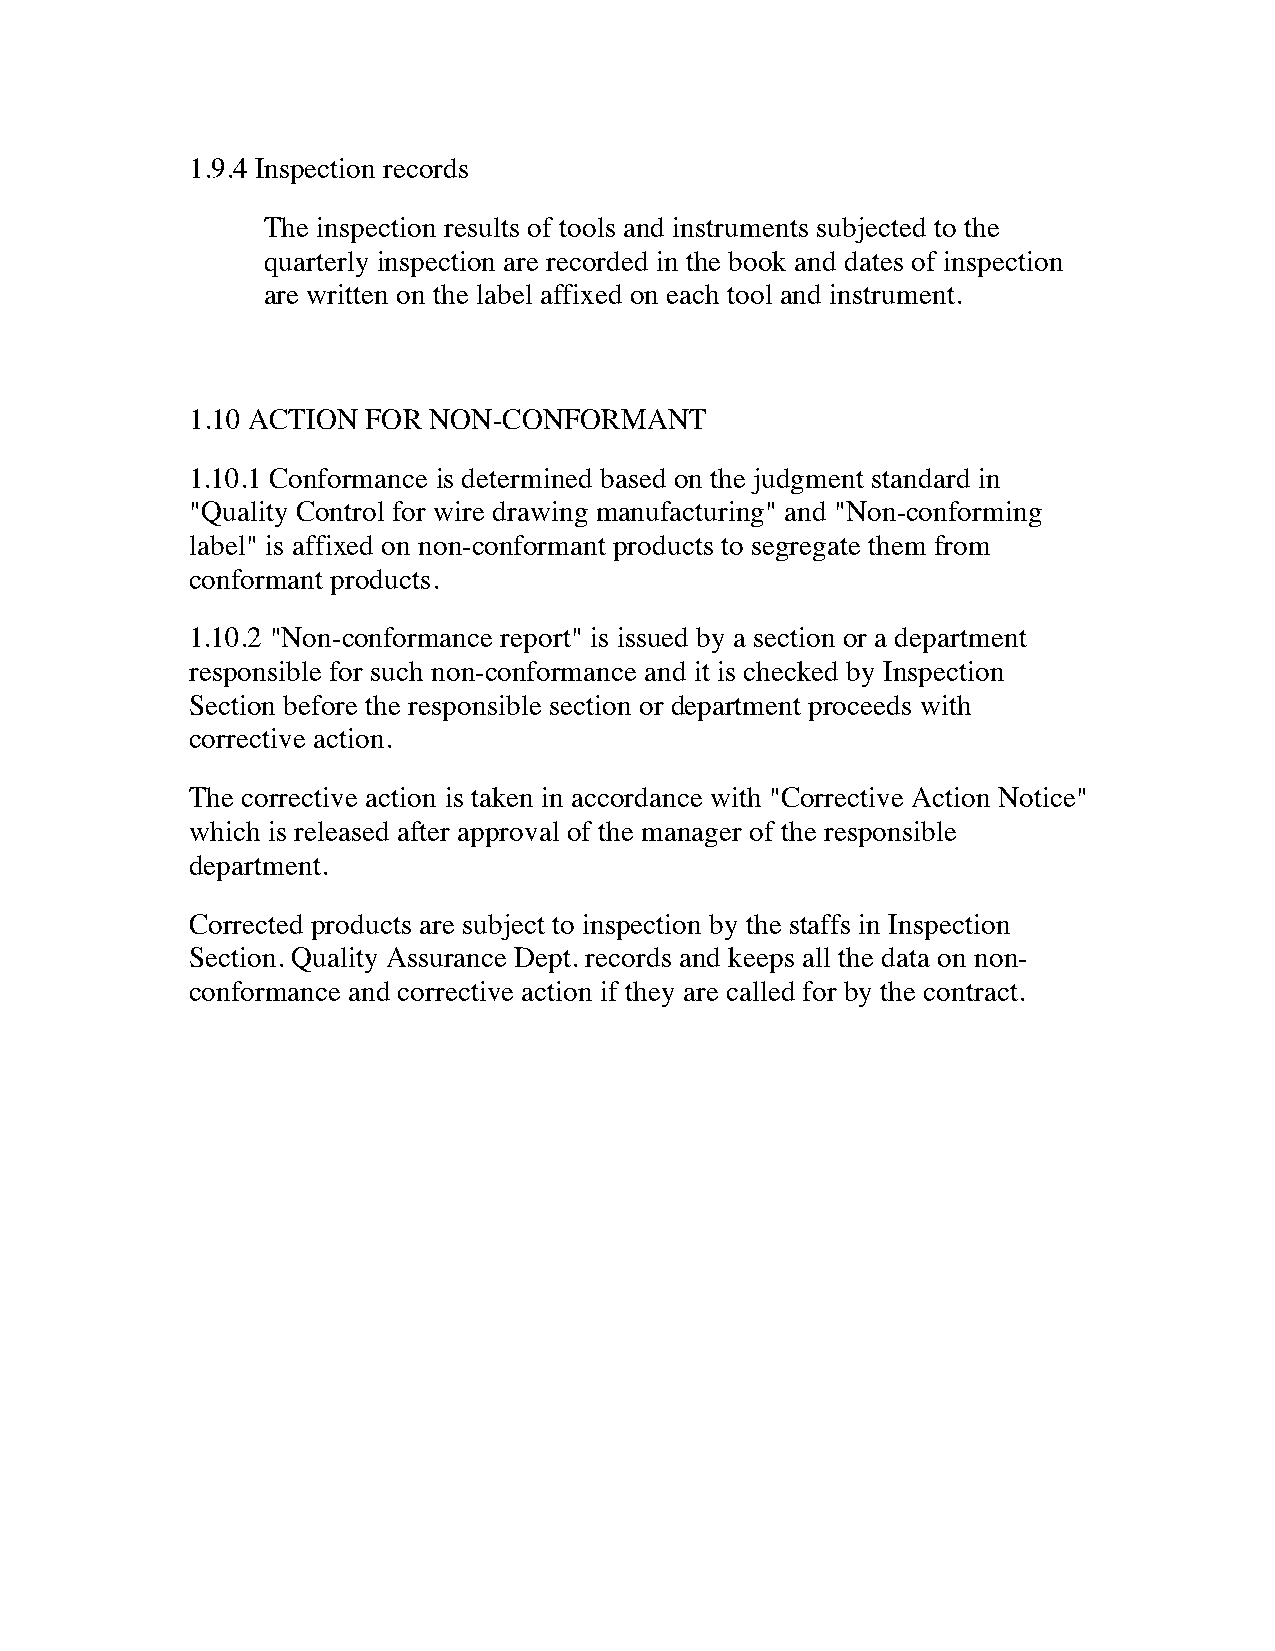
1.9.4 Inspection records
 The inspection results of tools and instruments subjected to the
 quarterly inspection are recorded in the book and dates of inspection
 are written on the label affixed on each tool and instrument. 
 1.10 ACTION FOR NON-CONFORMANT
 1.10.1 Conformance is determined based on the judgment standard in
 "Quality Control for wire drawing manufacturing" and "Non-conforming
 label" is affixed on non-conformant products to segregate them from
 conformant products.
 1.10.2 "Non-conformance report" is issued by a section or a department
 responsible for such non-conformance and it is checked by Inspection
 Section before the responsible section or department proceeds with
 corrective action.
 The corrective action is taken in accordance with "Corrective Action Notice"
 which is released after approval of the manager of the responsible
 department.
 Corrected products are subject to inspection by the staffs in Inspection
 Section. Quality Assurance Dept. records and keeps all the data on non-
 conformance and corrective action if they are called for by the contract.